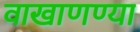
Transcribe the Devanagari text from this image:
वाखाणण्या